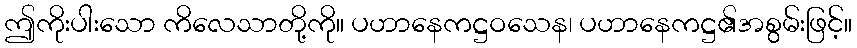
ဤကိုးပါးသော ကိလေသာတို့ကို။ ပဟာနေကဋ္ဌဝသေန၊ ပဟာနေကဋ္ဌ၏အစွမ်းဖြင့်။